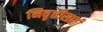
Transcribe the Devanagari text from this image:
निवृत्तीसाठी